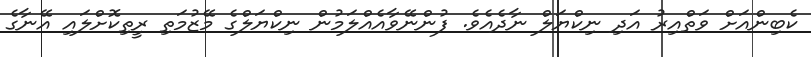
ކެބިންއަށް ވަތްއިރު އަދި ނިކްޔަލް ނާދެއެވެ. ފުންނޭވާއެއްލަމުން ނިކްޔަލްގެ މޭޒުމަތި ރީތިކޮށްލައި އޭނާގެ